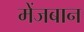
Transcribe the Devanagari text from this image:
मेंजबान